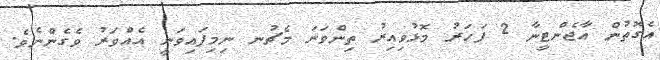
އެގޮތުން އާޖެންޓީނާ 2 ފަހަރު މޮޅުވިއިރު ތިންވަނަ މެޗުނ ނިމިފައިވަނީ އެއްވަރު ވެގެންނެވެ.